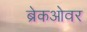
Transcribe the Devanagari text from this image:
ब्रेकओवर